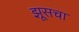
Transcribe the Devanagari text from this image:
झूसचा